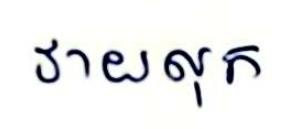
វាយលុក